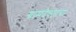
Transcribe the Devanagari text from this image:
ग्रामदैवताचा